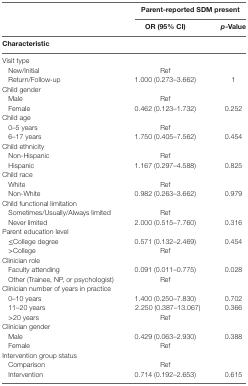
<table><thead><tr><td></td><td colspan="2"><b>Parent-reported SDM present</b></td></tr><tr><td></td><td><b>OR (95% CI)</b></td><td><b>p-Value</b></td></tr><tr><td colspan="3"><b>Characteristic</b></td></tr></thead><tbody><tr><td>Visit type</td><td></td><td></td></tr><tr><td> New/Initial</td><td>Ref</td><td></td></tr><tr><td> Return/Follow-up</td><td>1.000 (0.273–3.662)</td><td>1</td></tr><tr><td>Child gender</td><td></td><td></td></tr><tr><td> Male</td><td>Ref</td><td></td></tr><tr><td> Female</td><td>0.462 (0.123–1.732)</td><td>0.252</td></tr><tr><td>Child age</td><td></td><td></td></tr><tr><td> 0–5 years</td><td>Ref</td><td></td></tr><tr><td> 6–17 years</td><td>1.750 (0.405–7.562)</td><td>0.454</td></tr><tr><td>Child ethnicity</td><td></td><td></td></tr><tr><td> Non-Hispanic</td><td>Ref</td><td></td></tr><tr><td> Hispanic</td><td>1.167 (0.297–4.588)</td><td>0.825</td></tr><tr><td>Child race</td><td></td><td></td></tr><tr><td> White</td><td>Ref</td><td></td></tr><tr><td> Non-White</td><td>0.982 (0.263–3.662)</td><td>0.979</td></tr><tr><td>Child functional limitation</td><td></td><td></td></tr><tr><td> Sometimes/Usually/Always limited</td><td>Ref</td><td></td></tr><tr><td> Never limited</td><td>2.000 (0.515–7.760)</td><td>0.316</td></tr><tr><td>Parent education level</td><td></td><td></td></tr><tr><td> ≤College degree</td><td>0.571 (0.132–2.469)</td><td>0.454</td></tr><tr><td> &gt;College</td><td>Ref</td><td></td></tr><tr><td>Clinician role</td><td></td><td></td></tr><tr><td> Faculty attending</td><td>0.091 (0.011–0.775)</td><td>0.028</td></tr><tr><td> Other (Trainee, NP, or psychologist)</td><td>Ref</td><td></td></tr><tr><td>Clinician number of years in practice</td><td></td><td></td></tr><tr><td> 0–10 years</td><td>1.400 (0.250–7.830)</td><td>0.702</td></tr><tr><td> 11–20 years</td><td>2.250 (0.387–13.067)</td><td>0.366</td></tr><tr><td> &gt;20 years</td><td>Ref</td><td></td></tr><tr><td>Clinician gender</td><td></td><td></td></tr><tr><td> Male</td><td>0.429 (0.063–2.930)</td><td>0.388</td></tr><tr><td> Female</td><td>Ref</td><td></td></tr><tr><td>Intervention group status</td><td></td><td></td></tr><tr><td> Comparison</td><td>Ref</td><td></td></tr><tr><td> Intervention</td><td>0.714 (0.192–2.653)</td><td>0.615</td></tr></tbody></table>